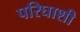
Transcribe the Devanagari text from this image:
परिघाशी